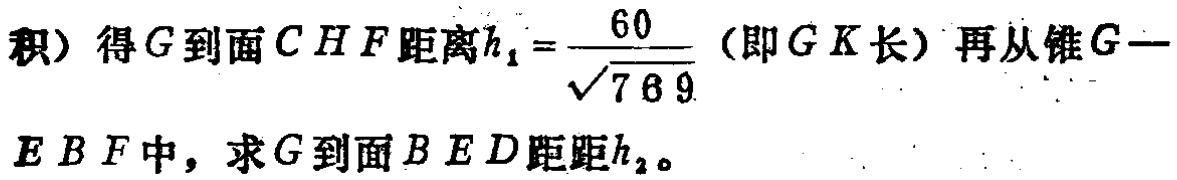
积）得\(G\)到面\(CHF\)距离\(h_{1}=\frac{60}{\sqrt{769}}\)（即\(GK\)长）再从锥\(G - EBF\)中，求\(G\)到面\(BED\)距距\(h_{2}\)。